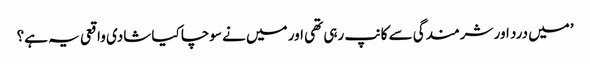
’میں درد اور شرمندگی سے کانپ رہی تھی اور میں نے سوچا کیا شادی واقعی یہ ہے؟